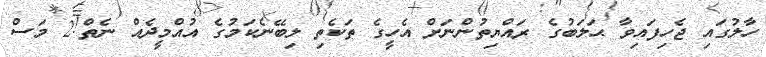
ހާލުގައި ޖެހިފައިވާ ޙަލަބުގެ ރައްޔިތުންނަށް އެހީގެ ތަކެތި ލިބޭނެކަމުގެ އުއްމީދެއް ނެތް!2 މަސް